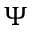
\Psi